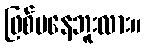
ဖြစ်မနေဘူးလား။